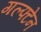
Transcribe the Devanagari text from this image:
गल्फ्टेन